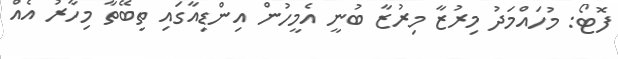
ފޮޓޯ: މުހައްމަދު މިރުޒާ މިރުޒާ ބުނީ އެމީހުން އިންޑިއާގައި ތިބޭތާ މިހާރު އެއް